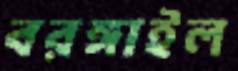
বরঙ্গাইল